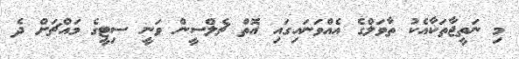
މި ނަތީޖާތަކާއެކު ތާވަލްގެ އެއްވަނައިގައި އޮތް ޗެލްސީން ވަނީ ސިޓީގެ މައްޗަށް ދެ